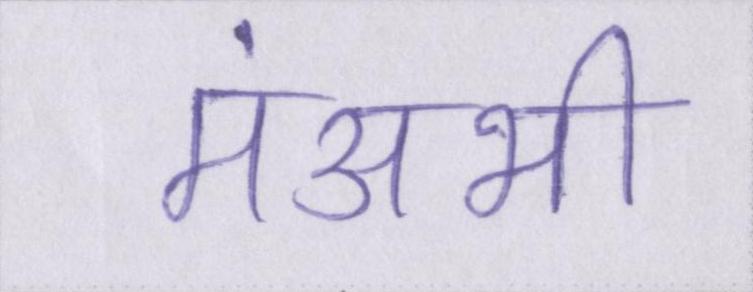
मंअभी